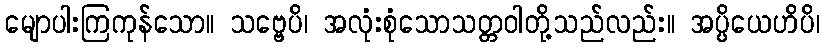
မျောပါးကြကုန်သော။ သဗ္ဗေပိ၊ အလုံးစုံသောသတ္တဝါတို့သည်လည်း။ အပ္ပိယေဟိပိ၊